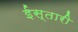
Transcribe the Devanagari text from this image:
ईस्तारी